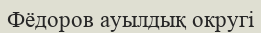
Фёдоров ауылдық округі